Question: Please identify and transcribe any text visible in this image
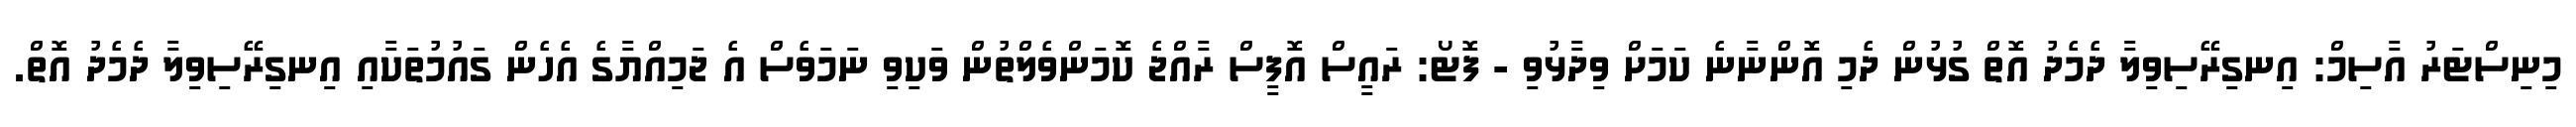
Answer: މިނިސްޓަރު އާސިމް: އިނގިރޭސިވިލާ ދެމެދު އޮތް ގުޅުން ދެމި އޮންނާނެ ކަމަށް ވިދާޅުވި - ފޮޓޯ: ރައީސް އޮފީސް ރާއްޖެ ކޮމަންވެލްތުން ވަކިވި ނަމަވެސް އެ ޖަމިއްޔާގެ އެހެން ގައުމުތަކާއި އިނގިރޭސިވިލާ ދެމެދު އޮތް.